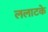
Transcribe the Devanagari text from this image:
ललाटके